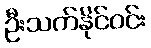
ဦးသက်နိုင်ဝင်း